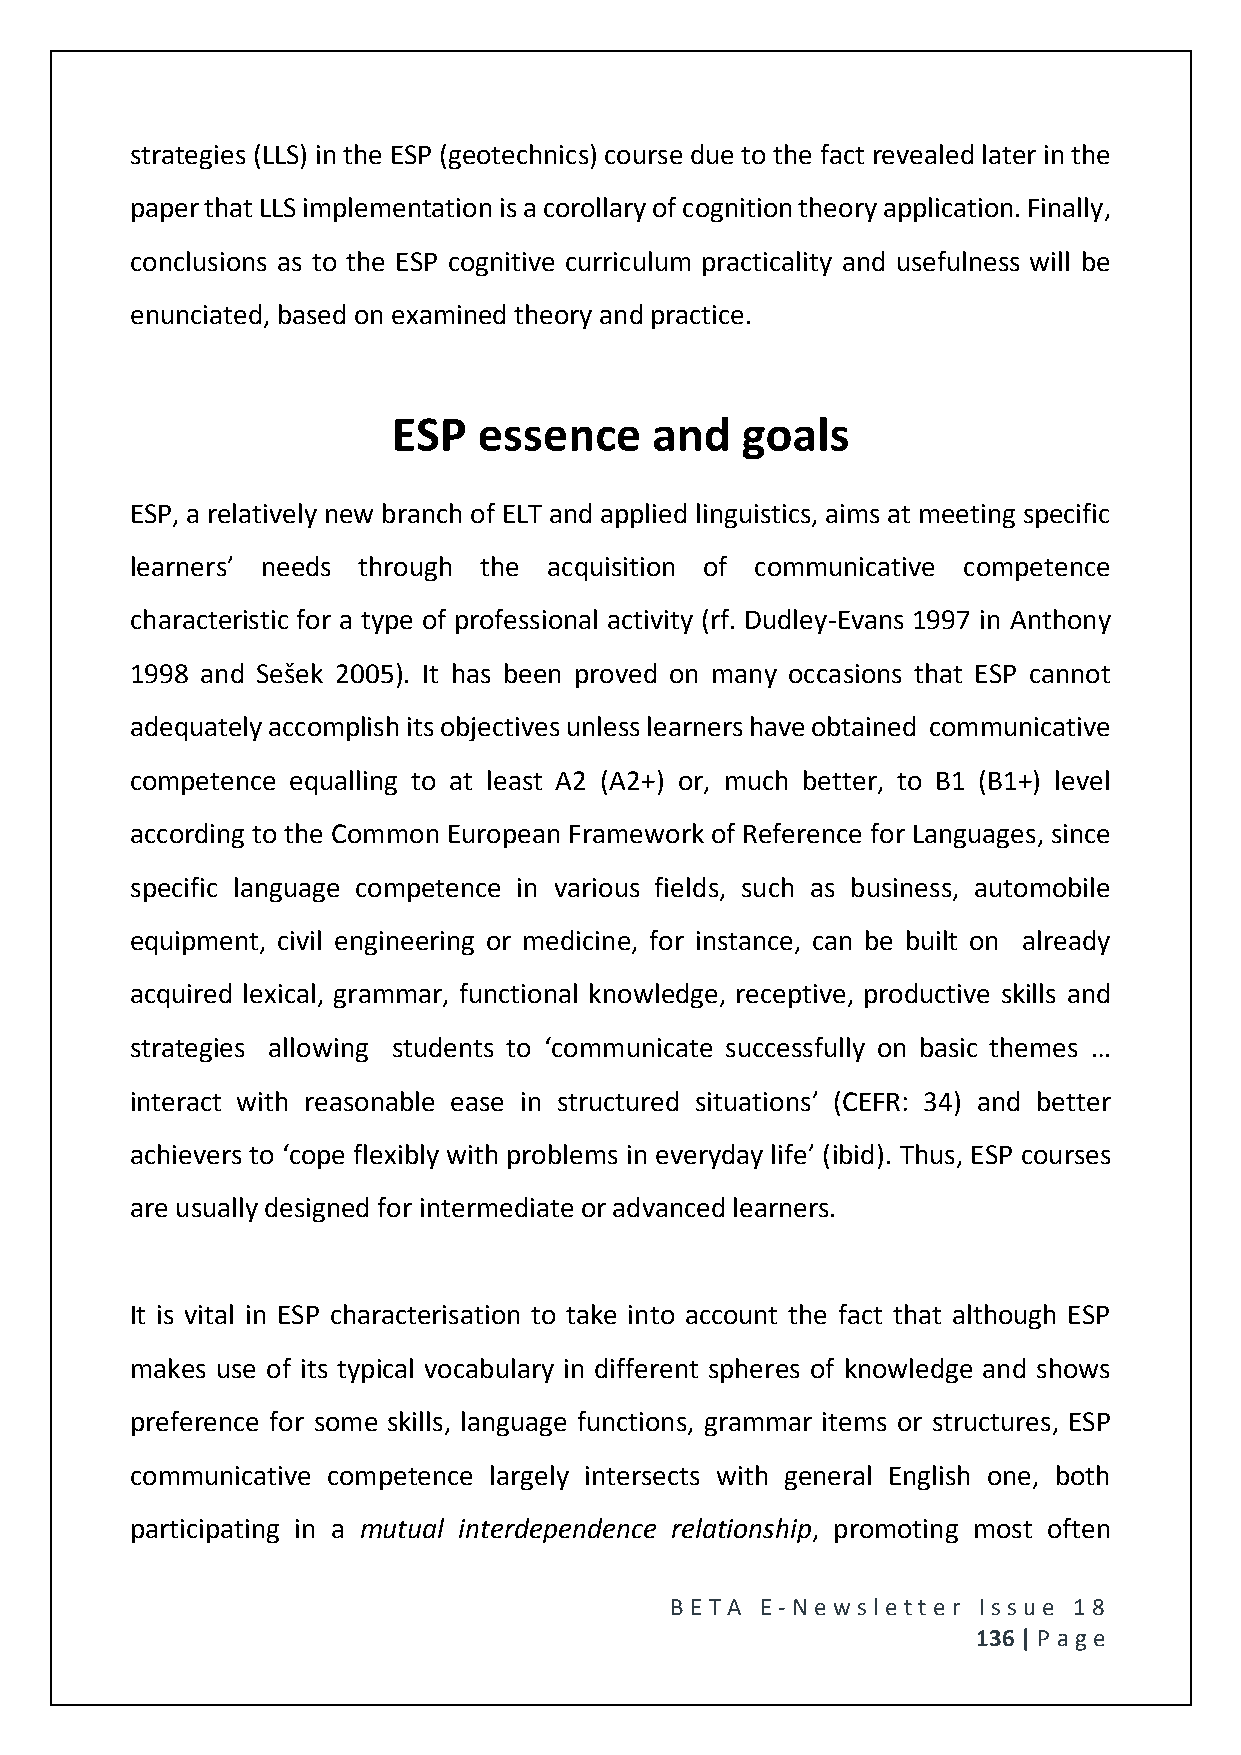
strategies (LLS) in the ESP (geotechnics) course due to the fact revealed later in the
 paper that LLS implementation is a corollary of cognition theory application. Finally,
 conclusions as to the ESP cognitive curriculum practicality and usefulness will be
 enunciated, based on examined theory and practice.
 ESP   essence    and   goals
 ESP, a relatively new branch of ELT and applied linguistics, aims at meeting specific
 learners’ needs through the acquisition of communicative competence
 characteristic for a type of professional activity (rf. Dudley-Evans 1997 in Anthony
 1998 and Sešek 2005). It has been proved on many occasions that ESP cannot
 adequately accomplish its objectives unless learners have obtained communicative
 competence equalling to at least A2 (A2+) or, much better, to B1 (B1+) level
 according to the Common European Framework of Reference for Languages, since
 specific language competence in various fields, such as business, automobile
 equipment, civil engineering or medicine, for instance, can be built on already
 acquired lexical, grammar, functional knowledge, receptive, productive skills and
 strategies allowing students to ‘communicate successfully on basic themes …
 interact with reasonable ease in structured situations’ (CEFR: 34) and better
 achievers to ‘cope flexibly with problems in everyday life’ (ibid). Thus, ESP courses
 are usually designed for intermediate or advanced learners.
 It is vital in ESP characterisation to take into account the fact that although ESP
 makes use of its typical vocabulary in different spheres of knowledge and shows
 preference for some skills, language functions, grammar items or structures, ESP
 communicative competence largely intersects with general English one, both
 participating in a mutual interdependence relationship, promoting most often
 BE T A E -N e wsle tt e r Issue 18
 136 | P age